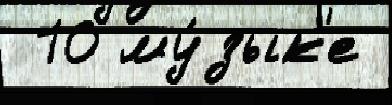
 10 му́зык'е